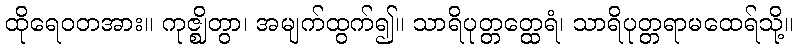
ထိုရေဝတအား။ ကုဇ္ဈိတွာ၊ အမျက်ထွက်၍။ သာရိပုတ္တတ္ထေရံ၊ သာရိပုတ္တရာမထေရ်သို့။